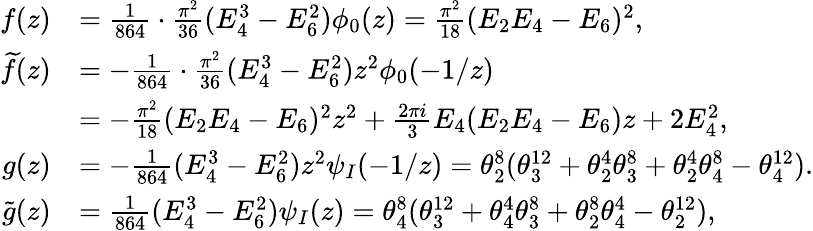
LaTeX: \begin{array}{rl}{f(z)}&{=\frac{1}{864}\cdot\frac{\pi^{2}}{36}(E_{4}^{3}-E_{6}^{2})\phi_{0}(z)=\frac{\pi^{2}}{18}(E_{2}E_{4}-E_{6})^{2},}\\ {\widetilde{f}(z)}&{=-\frac{1}{864}\cdot\frac{\pi^{2}}{36}(E_{4}^{3}-E_{6}^{2})z^{2}\phi_{0}(-1/z)}\\ &{=-\frac{\pi^{2}}{18}(E_{2}E_{4}-E_{6})^{2}z^{2}+\frac{2\pi i}{3}E_{4}(E_{2}E_{4}-E_{6})z+2E_{4}^{2},}\\ {g(z)}&{=-\frac{1}{864}(E_{4}^{3}-E_{6}^{2})z^{2}\psi_{I}(-1/z)=\theta_{2}^{8}(\theta_{3}^{12}+\theta_{2}^{4}\theta_{3}^{8}+\theta_{2}^{4}\theta_{4}^{8}-\theta_{4}^{12}).}\\ {\widetilde{g}(z)}&{=\frac{1}{864}(E_{4}^{3}-E_{6}^{2})\psi_{I}(z)=\theta_{4}^{8}(\theta_{3}^{12}+\theta_{4}^{4}\theta_{3}^{8}+\theta_{2}^{8}\theta_{4}^{4}-\theta_{2}^{12}),}\end{array}